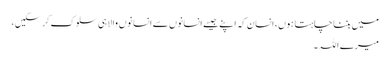
میں بننا چاہتا ہوں، انسان کہ اپنے جیسے انسانوں سے انسانوں والا ہی سلوک کر سکیں،
میرے اللہ ۔